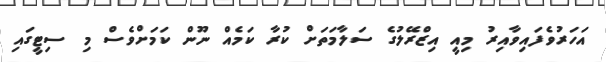
އަހަރުވެފައިވާއިރު މިއީ އިޒްރޭލުގެ ސަލާމަތަށް ކުރާ ކަމެއް ނޫން ކަމަށްވެސް މި ސިޓީގައި